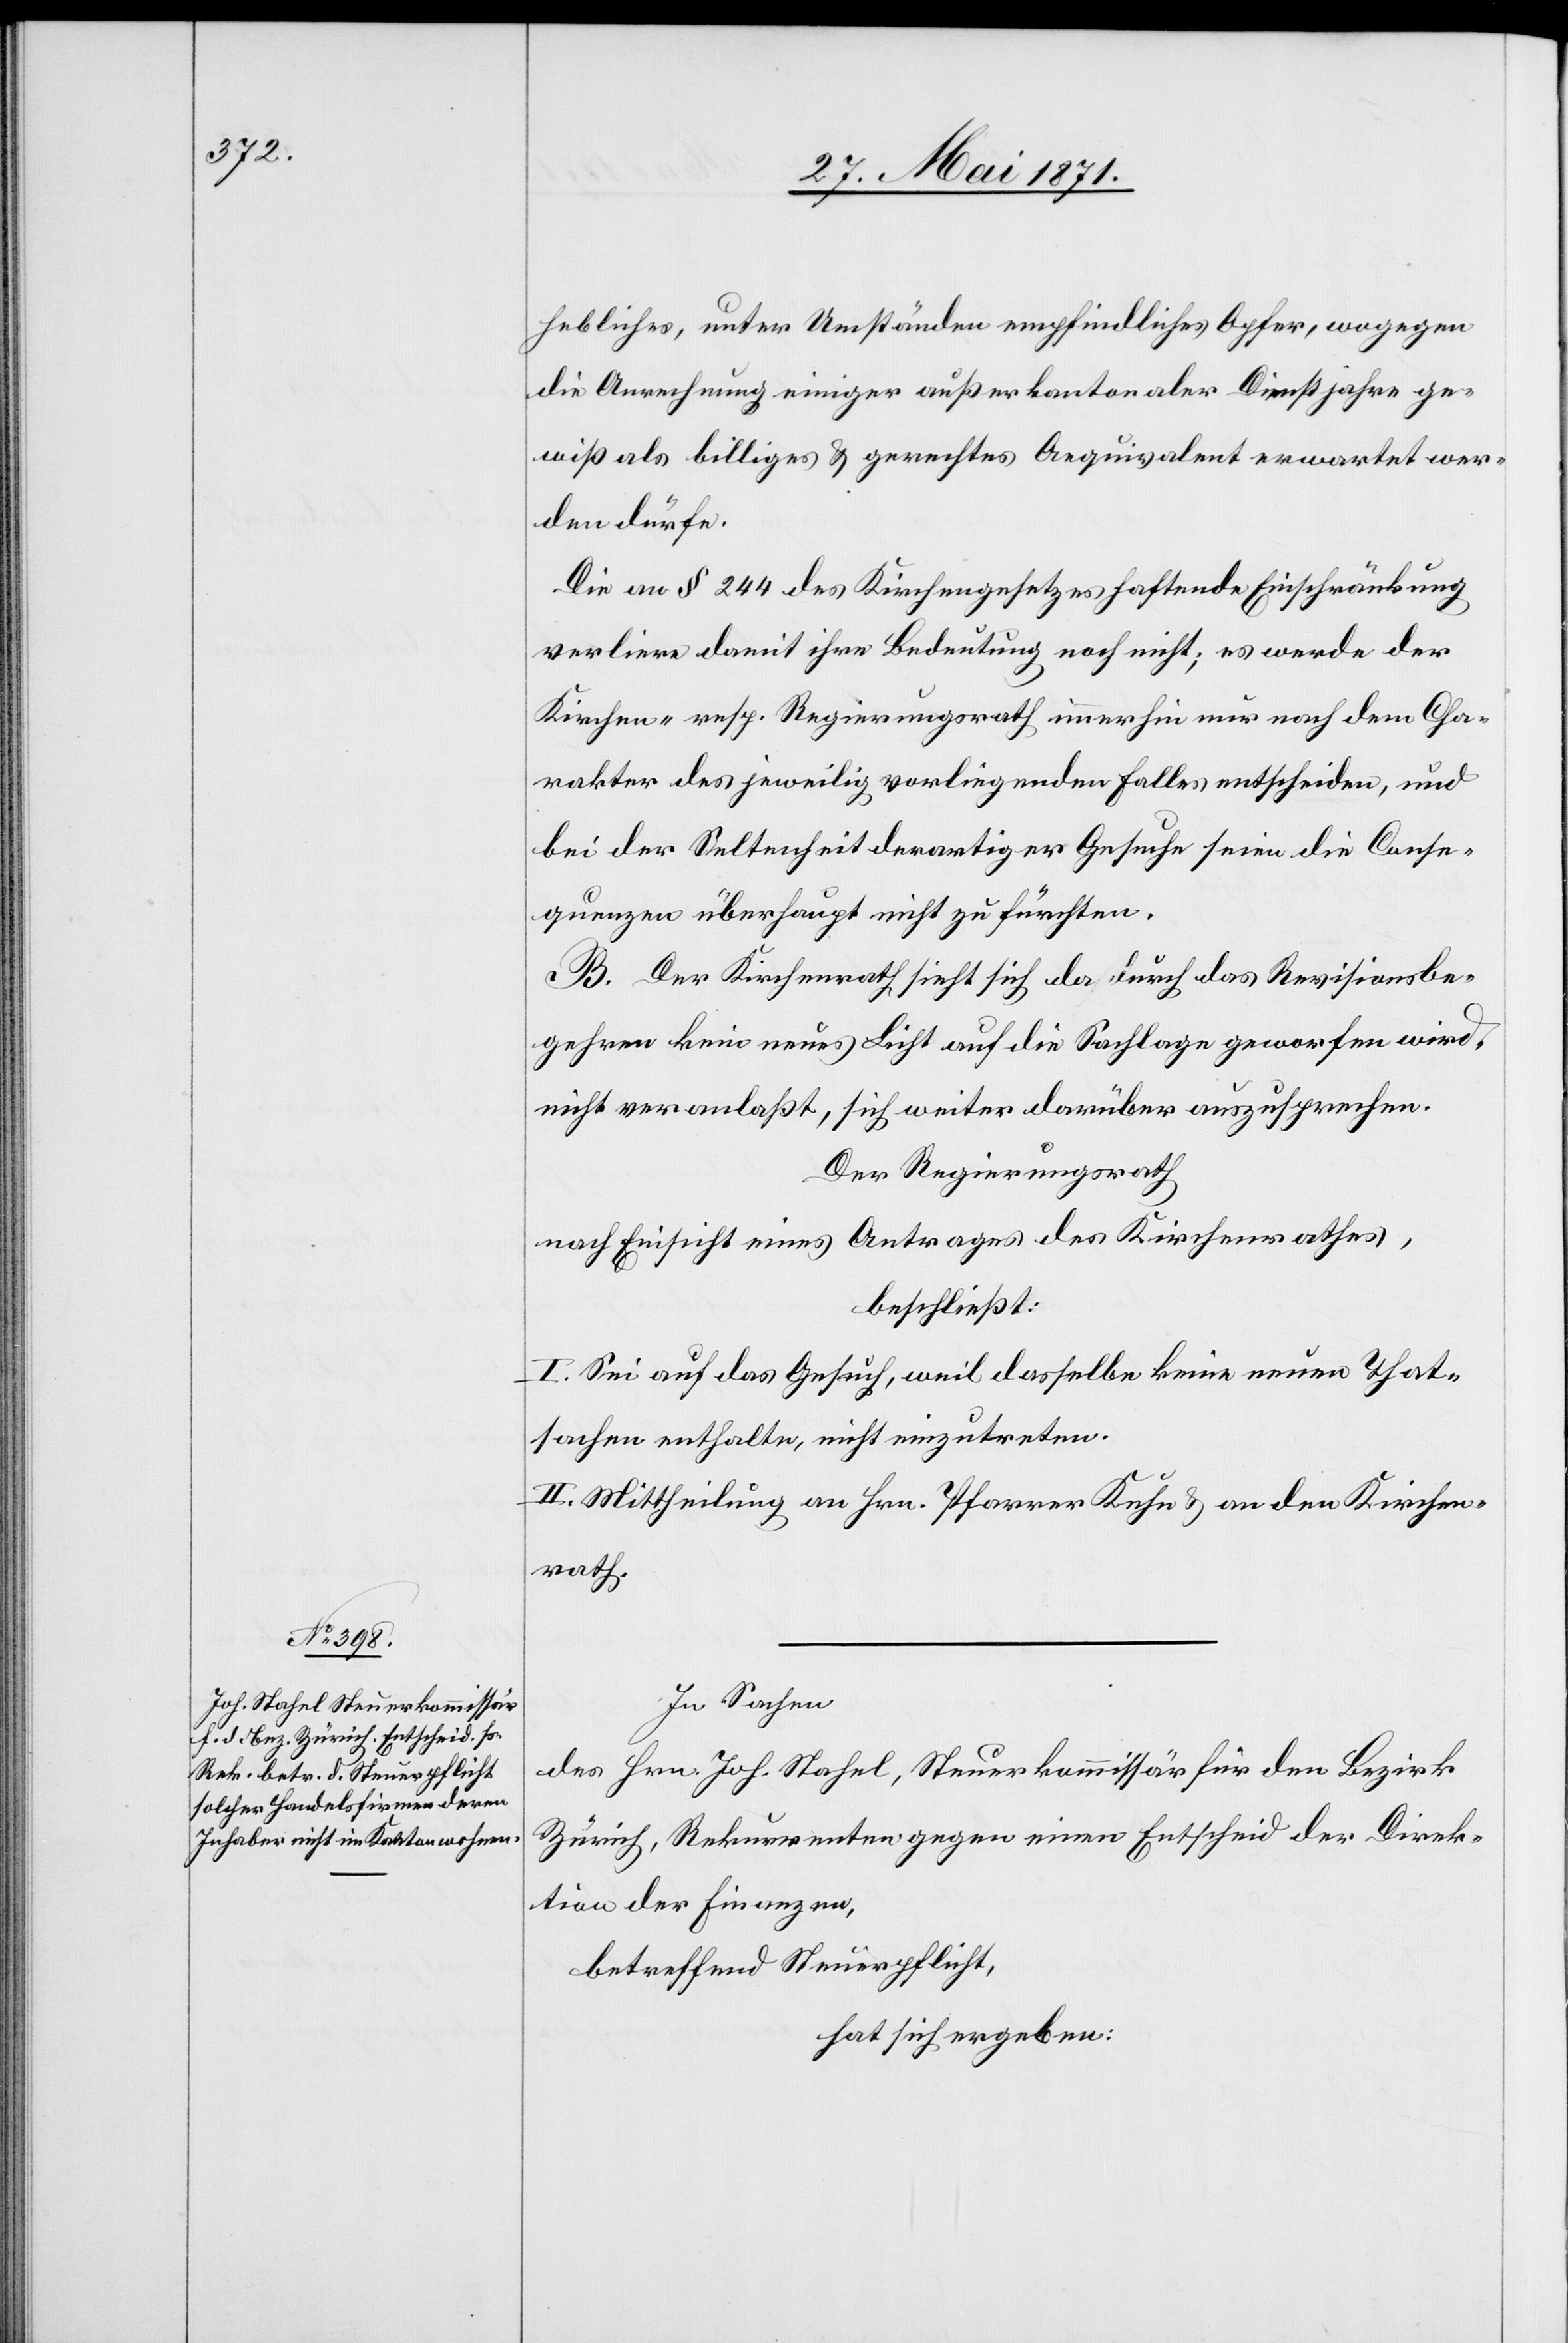
hebliches, unter Umständen empfindliches Opfer, wogegen
die Anrechnung einiger außerkantonaler Dienstjahre ge¬
wiß als billiges u. gerechtes Aequivalent erwartet wer¬
den dürfe.
Die an § 244 des Kirchengesetzes haftende Einschränkung
verliere damit ihre Bedeutung noch nicht; es werde der
Kirchen- resp. Regierungsrath immerhin nur nach dem Cha¬
rakter des jeweilig vorliegenden Falles entscheiden, und
bei der Seltenheit derartiger Gesuche seien die Conse¬
quenzen überhaupt nicht zu fürchten.
B. Der Kirchenrath sieht sich da durch das Revisionsbe¬
gehren kein neues Licht auf die Sachlage geworfen wird,
nicht veranlaßt, sich weiter darüber auszusprechen.
Der Regierungsrath
nach Einsicht eines Antrages des Kirchenrathes,
beschließt:
I. Sei auf das Gesuch, weil dasselbe keine neuen That¬
sachen enthalte, nicht einzutreten.
II. Mittheilung an Hrn. Pfarrer Kuhn u. an den Kirchen¬
rath.
In Sachen
des Hrn. Joh. Stafel, Steuerkommissär für den Bezirk
Zürich, Rekurrenten gegen einen Entscheid der Direk¬
tion der Finanzen,
betreffend Steuerpflicht,
hat sich ergeben: